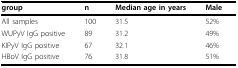
| group | n | Median age in years | Male |
 | --- | --- | --- | --- |
 | All samples | 100 | 31.5 | 52% |
 | WUPyV IgG positive | 89 | 31.2 | 49% |
 | KIPyV IgG positive | 67 | 32.1 | 46% |
 | HBoV IgG positive | 76 | 31.8 | 51% |